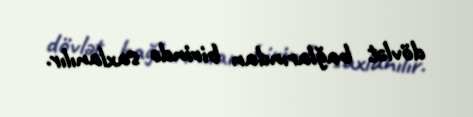
dövlət bağlarından birində saxlanılır.